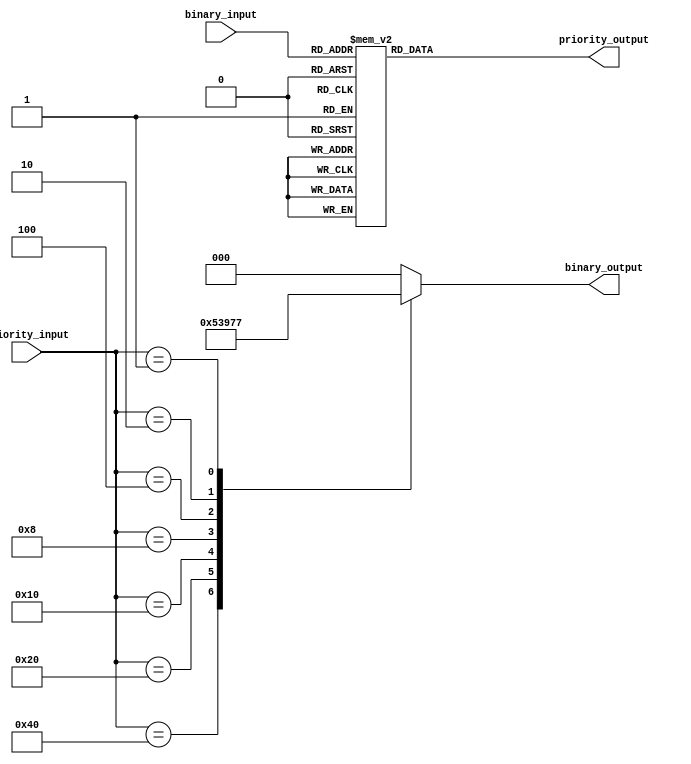
module priority_encoder_decoder 
(
    input [7:0] priority_input,
    output reg [2:0] binary_output,
    input [2:0] binary_input,
    output reg [7:0] priority_output
);

always @(*)
begin
    case(priority_input)
        8'b10000000: binary_output = 3'b000;
        8'b01000000: binary_output = 3'b001;
        8'b00100000: binary_output = 3'b010;
        8'b00010000: binary_output = 3'b011;
        8'b00001000: binary_output = 3'b100;
        8'b00000100: binary_output = 3'b101;
        8'b00000010: binary_output = 3'b110;
        8'b00000001: binary_output = 3'b111;
        default: binary_output = 3'b000; // Default priority
    endcase
end

always @(*)
begin
    case(binary_input)
        3'b000: priority_output = 8'b10000000;
        3'b001: priority_output = 8'b01000000;
        3'b010: priority_output = 8'b00100000;
        3'b011: priority_output = 8'b00010000;
        3'b100: priority_output = 8'b00001000;
        3'b101: priority_output = 8'b00000100;
        3'b110: priority_output = 8'b00000010;
        3'b111: priority_output = 8'b00000001;
        default: priority_output = 8'b00000000; // Default priority
    endcase
end

endmodule